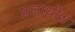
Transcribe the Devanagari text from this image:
प्रजाधीश